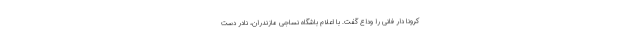
کرونا دار فانی را وداع گفت. با اعلام باشگاه نساجی مازندران، نادر دست